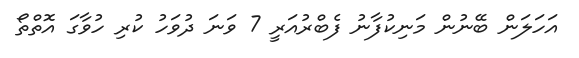
އަހަލަން ބޭނުން މަނިކުފާނު ފެބްރުއަރީ 7 ވަނަ ދުވަހު ކުރި ހުވާގަ އޮތްތޯ